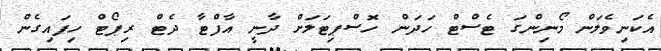
އެކަނިވެލަން މޯނިންގަ ޓެސްޓް ހަދަން ހޮސްޕިޓަލަށް ދާނީ އާފްޓާ ދެޓް ރިޕޯޓް ހިފައިގެން